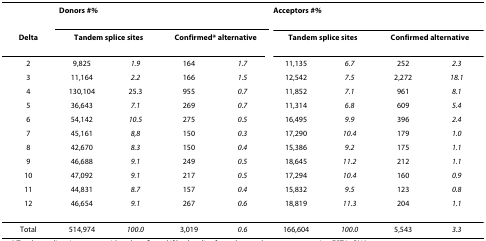
<table><thead><tr><td></td><td colspan="4"><b>Donors #<i>%</i></b></td><td colspan="4"><b>Acceptors #<i>%</i></b></td></tr><tr><td><b>Delta</b></td><td colspan="2"><b>Tandem splice sites</b></td><td colspan="2"><b>Confirmed* alternative</b></td><td colspan="2"><b>Tandem splice sites</b></td><td colspan="2"><b>Confirmed alternative</b></td></tr><tr><td><b>2</b></td><td><b>9,825</b></td><td><b><i>1.9</i></b></td><td><b>164</b></td><td><b><i>1.7</i></b></td><td><b>11,135</b></td><td><b><i>6.7</i></b></td><td><b>252</b></td><td><b><i>2.3</i></b></td></tr><tr><td><b>3</b></td><td><b>11,164</b></td><td><b><i>2.2</i></b></td><td><b>166</b></td><td><b><i>1.5</i></b></td><td><b>12,542</b></td><td><b><i>7.5</i></b></td><td><b>2,272</b></td><td><b><i>18.1</i></b></td></tr><tr><td><b>4</b></td><td><b>130,104</b></td><td><b>25.3</b></td><td><b>955</b></td><td><b><i>0.7</i></b></td><td><b>11,852</b></td><td><b><i>7.1</i></b></td><td><b>961</b></td><td><b><i>8.1</i></b></td></tr><tr><td><b>5</b></td><td><b>36,643</b></td><td><b><i>7.1</i></b></td><td><b>269</b></td><td><b><i>0.7</i></b></td><td><b>11,314</b></td><td><b><i>6.8</i></b></td><td><b>609</b></td><td><b><i>5.4</i></b></td></tr><tr><td><b>6</b></td><td><b>54,142</b></td><td><b><i>10.5</i></b></td><td><b>275</b></td><td><b><i>0.5</i></b></td><td><b>16,495</b></td><td><b><i>9.9</i></b></td><td><b>396</b></td><td><b><i>2.4</i></b></td></tr><tr><td><b>7</b></td><td><b>45,161</b></td><td><b><i>8,8</i></b></td><td><b>150</b></td><td><b><i>0.3</i></b></td><td><b>17,290</b></td><td><b><i>10.4</i></b></td><td><b>179</b></td><td><b><i>1.0</i></b></td></tr><tr><td><b>8</b></td><td><b>42,670</b></td><td><b><i>8.3</i></b></td><td><b>150</b></td><td><b><i>0.4</i></b></td><td><b>15,386</b></td><td><b><i>9.2</i></b></td><td><b>175</b></td><td><b><i>1.1</i></b></td></tr><tr><td><b>9</b></td><td><b>46,688</b></td><td><b><i>9.1</i></b></td><td><b>249</b></td><td><b><i>0.5</i></b></td><td><b>18,645</b></td><td><b><i>11.2</i></b></td><td><b>212</b></td><td><b><i>1.1</i></b></td></tr><tr><td><b>10</b></td><td><b>47,092</b></td><td><b><i>9.1</i></b></td><td><b>217</b></td><td><b><i>0.5</i></b></td><td><b>17,294</b></td><td><b><i>10.4</i></b></td><td><b>160</b></td><td><b><i>0.9</i></b></td></tr><tr><td><b>11</b></td><td><b>44,831</b></td><td><b><i>8.7</i></b></td><td><b>157</b></td><td><b><i>0.4</i></b></td><td><b>15,832</b></td><td><b><i>9.5</i></b></td><td><b>123</b></td><td><b><i>0.8</i></b></td></tr><tr><td><b>12</b></td><td><b>46,654</b></td><td><b><i>9.1</i></b></td><td><b>267</b></td><td><b><i>0.6</i></b></td><td><b>18,819</b></td><td><b><i>11.3</i></b></td><td><b>204</b></td><td><b><i>1.1</i></b></td></tr></thead><tbody><tr><td>Total</td><td>514,974</td><td><i>100.0</i></td><td>3,019</td><td><i>0.6</i></td><td>166,604</td><td><i>100.0</i></td><td>5,543</td><td><i>3.3</i></td></tr></tbody></table>